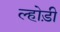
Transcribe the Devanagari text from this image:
ल्होड़ी